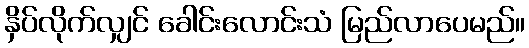
နှိပ်လိုက်လျှင် ခေါင်းလောင်းသံ မြည်လာပေမည်။